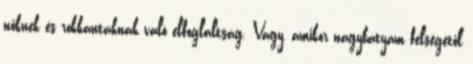
nőknek és rokkantaknak való elfoglaltság. Vagy, amikor nagybátyám felségétől